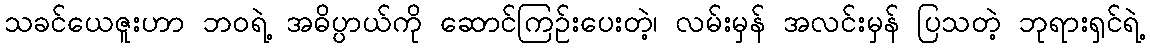
သခင်ယေဇူးဟာ ဘဝရဲ့ အဓိပ္ပာယ်ကို ဆောင်ကြဉ်းပေးတဲ့၊ လမ်းမှန် အလင်းမှန် ပြသတဲ့ ဘုရားရှင်ရဲ့